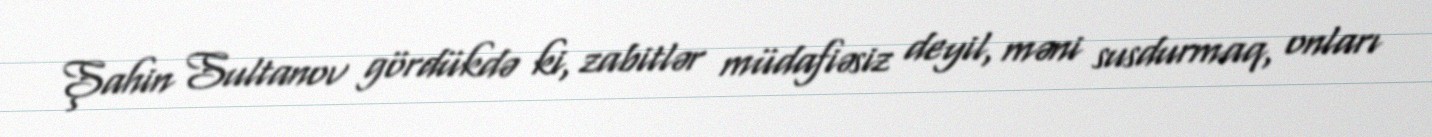
Şahin Sultanov gördükdə ki, zabitlər müdafiəsiz deyil, məni susdurmaq, onları